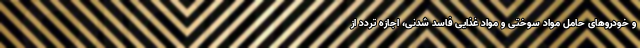
و خودروهای حامل مواد سوختی و مواد غذایی فاسد شدنی، اجازه تردد از